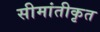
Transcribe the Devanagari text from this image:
सीमांतीकृत